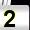
Digit: 2